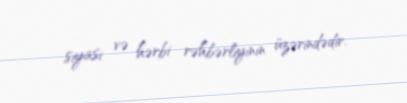
siyasi və hərbi rəhbərliyinin üzərindədir.